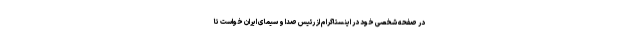
در صفحه شخصی خود در اینستاگرام از رئیس صدا و سیمای ایران خواست تا